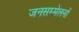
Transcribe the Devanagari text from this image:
जनसम्मेलनों